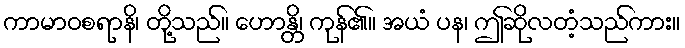
ကာမာဝစရာနိ၊ တို့သည်။ ဟောန္တိ၊ ကုန်၏။ အယံ ပန၊ ဤဆိုလတံ့သည်ကား။